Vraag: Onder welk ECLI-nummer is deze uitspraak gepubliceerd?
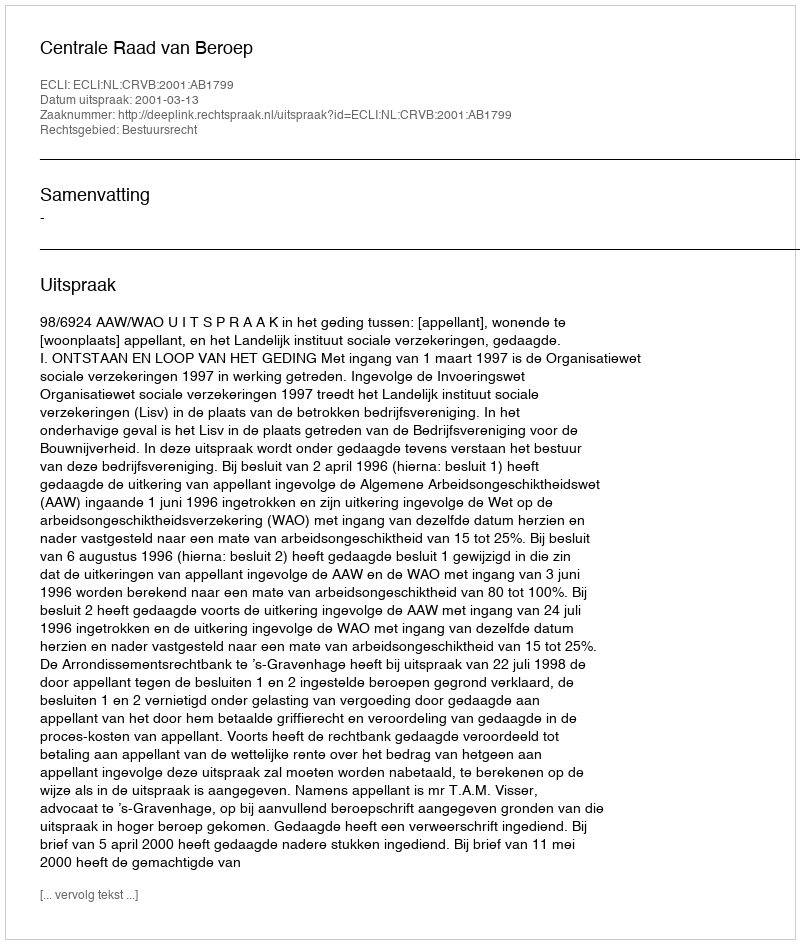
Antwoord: ECLI:NL:CRVB:2001:AB1799